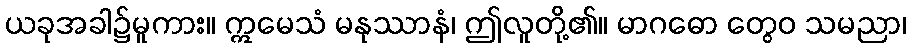
ယခုအခါ၌မူကား။ ဣမေသံ မနုဿာနံ၊ ဤလူတို့၏။ မာဂဓော တွေဝ သမညာ၊